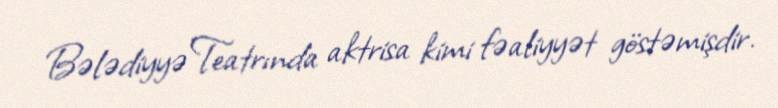
Bələdiyyə Teatrında aktrisa kimi fəaliyyət göstəmişdir.